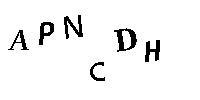
APNCDH